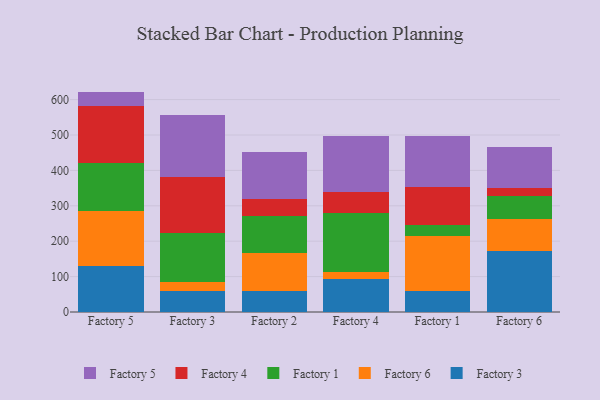
{"axis": {"x": "Factory", "y": "Population (Million)"}, "legend": ["Factory 1", "Factory 3", "Factory 4", "Factory 5", "Factory 6"], "data": [{"x": "Factory 5", "y": 129.8, "type": "Factory 3"}, {"x": "Factory 5", "y": 155.0, "type": "Factory 6"}, {"x": "Factory 5", "y": 134.9, "type": "Factory 1"}, {"x": "Factory 5", "y": 161.5, "type": "Factory 4"}, {"x": "Factory 5", "y": 41.4, "type": "Factory 5"}, {"x": "Factory 3", "y": 58.3, "type": "Factory 3"}, {"x": "Factory 3", "y": 27.5, "type": "Factory 6"}, {"x": "Factory 3", "y": 138.7, "type": "Factory 1"}, {"x": "Factory 3", "y": 156.2, "type": "Factory 4"}, {"x": "Factory 3", "y": 175.8, "type": "Factory 5"}, {"x": "Factory 2", "y": 59.0, "type": "Factory 3"}, {"x": "Factory 2", "y": 107.0, "type": "Factory 6"}, {"x": "Factory 2", "y": 104.4, "type": "Factory 1"}, {"x": "Factory 2", "y": 48.5, "type": "Factory 4"}, {"x": "Factory 2", "y": 131.8, "type": "Factory 5"}, {"x": "Factory 4", "y": 93.5, "type": "Factory 3"}, {"x": "Factory 4", "y": 20.0, "type": "Factory 6"}, {"x": "Factory 4", "y": 166.3, "type": "Factory 1"}, {"x": "Factory 4", "y": 60.5, "type": "Factory 4"}, {"x": "Factory 4", "y": 156.2, "type": "Factory 5"}, {"x": "Factory 1", "y": 59.5, "type": "Factory 3"}, {"x": "Factory 1", "y": 156.1, "type": "Factory 6"}, {"x": "Factory 1", "y": 31.2, "type": "Factory 1"}, {"x": "Factory 1", "y": 106.9, "type": "Factory 4"}, {"x": "Factory 1", "y": 143.9, "type": "Factory 5"}, {"x": "Factory 6", "y": 172.4, "type": "Factory 3"}, {"x": "Factory 6", "y": 91.1, "type": "Factory 6"}, {"x": "Factory 6", "y": 64.5, "type": "Factory 1"}, {"x": "Factory 6", "y": 22.0, "type": "Factory 4"}, {"x": "Factory 6", "y": 115.5, "type": "Factory 5"}]}